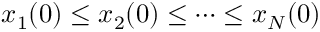
x _ { 1 } ( 0 ) \leq x _ { 2 } ( 0 ) \leq \dots \leq x _ { N } ( 0 )